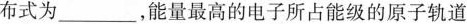
布式为___，能量最高的电子所占能级的原子轨道